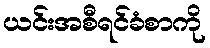
ယင်းအစီရင်ခံစာကို